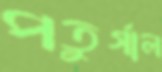
পতুর্গাল